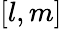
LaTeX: [l,m]